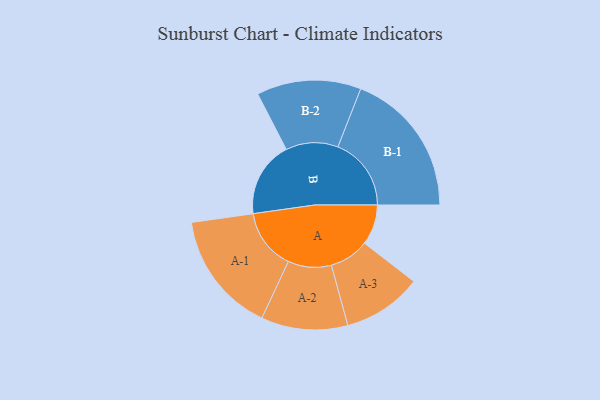
{"axis": {"x": "Segment", "y": "Value"}, "legend": ["", "A", "B"], "data": [{"x": "A", "y": 122, "type": ""}, {"x": "B", "y": 229, "type": ""}, {"x": "A-1", "y": 184, "type": "A"}, {"x": "A-2", "y": 131, "type": "A"}, {"x": "A-3", "y": 120, "type": "A"}, {"x": "B-1", "y": 222, "type": "B"}, {"x": "B-2", "y": 158, "type": "B"}]}